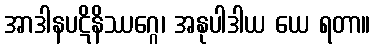
အာဒါနပဋိနိဿဂ္ဂေ၊ အနုပါဒါယ ယေ ရတာ။